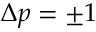
\Delta p = \pm 1